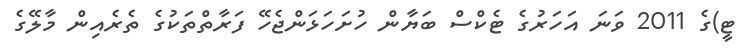
ޓީ)ގެ 2011 ވަނަ އަހަރުގެ ޓެކްސް ބަޔާން ހުށަހަޅަންޖެހޭ ފަރާތްތަކުގެ ތެރެއިން މާލޭގެ